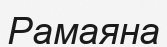
Рамаяна